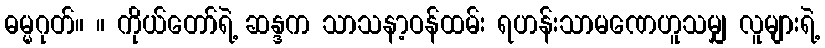
ဓမ္မဂုတ်။ ။ ကိုယ်တော်ရဲ့ ဆန္ဒက သာသနာ့ဝန်ထမ်း ရဟန်းသာမဏေဟူသမျှ လူများရဲ့